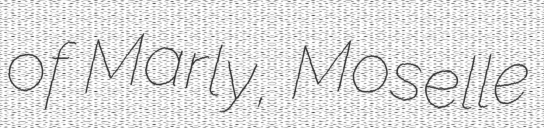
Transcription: of Marly, Moselle